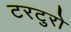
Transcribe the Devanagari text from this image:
टरटुरो